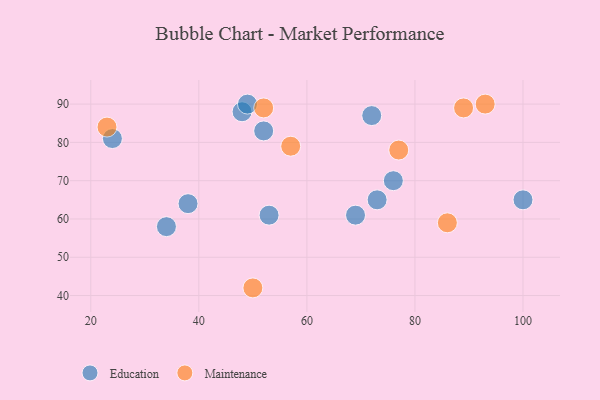
{"axis": {"x": "GDP", "y": "Life Expectancy"}, "legend": ["Education", "Maintenance"], "data": [{"x": "52", "y": 83, "type": "Education"}, {"x": "76", "y": 70, "type": "Education"}, {"x": "48", "y": 88, "type": "Education"}, {"x": "49", "y": 90, "type": "Education"}, {"x": "69", "y": 61, "type": "Education"}, {"x": "100", "y": 65, "type": "Education"}, {"x": "24", "y": 81, "type": "Education"}, {"x": "34", "y": 58, "type": "Education"}, {"x": "53", "y": 61, "type": "Education"}, {"x": "73", "y": 65, "type": "Education"}, {"x": "72", "y": 87, "type": "Education"}, {"x": "38", "y": 64, "type": "Education"}, {"x": "50", "y": 42, "type": "Maintenance"}, {"x": "89", "y": 89, "type": "Maintenance"}, {"x": "23", "y": 84, "type": "Maintenance"}, {"x": "77", "y": 78, "type": "Maintenance"}, {"x": "52", "y": 89, "type": "Maintenance"}, {"x": "57", "y": 79, "type": "Maintenance"}, {"x": "93", "y": 90, "type": "Maintenance"}, {"x": "86", "y": 59, "type": "Maintenance"}]}